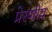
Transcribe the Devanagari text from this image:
प्रेरणीय